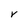
Character: V